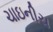
ચાઇનીચ